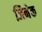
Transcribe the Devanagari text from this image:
जिनेक